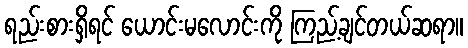
ရည်းစားရှိရင် ယောင်းမလောင်းကို ကြည့်ချင်တယ်ဆရာ။